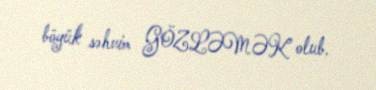
böyük səhvim GÖZLƏMƏK olub.